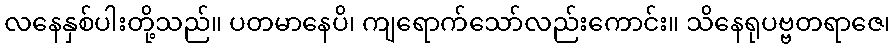
လနေနှစ်ပါးတို့သည်။ ပတမာနေပိ၊ ကျရောက်သော်လည်းကောင်း။ သိနေရုပဗ္ဗတရာဇေ၊